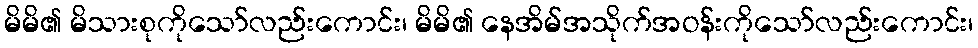
မိမိ၏ မိသားစုကိုသော်လည်းကောင်း၊ မိမိ၏ နေအိမ်အသိုက်အဝန်းကိုသော်လည်းကောင်း၊